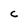
Character: C